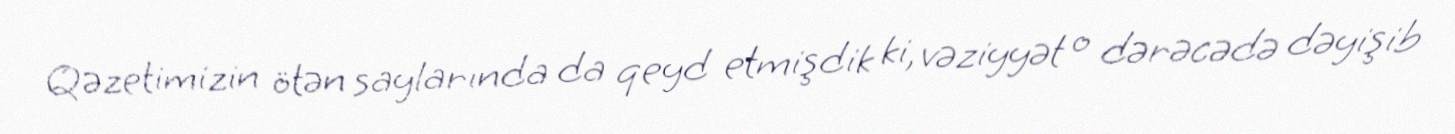
Qəzetimizin ötən saylarında da qeyd etmişdik ki, vəziyyət o dərəcədə dəyişib